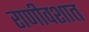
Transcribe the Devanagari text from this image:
राणीवशात